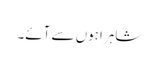
شاہراہوں سے آئے۔